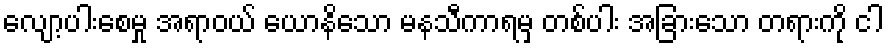
လျော့ပါးစေမှု အရာဝယ် ယောနိသော မနသီကာရမှ တစ်ပါး အခြားသော တရားကို ငါ